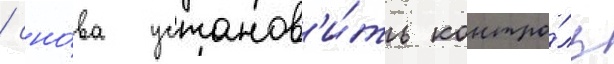
/ сно́ва установ'и́ть контро́ль